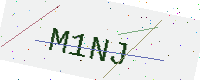
Text: M1NJ